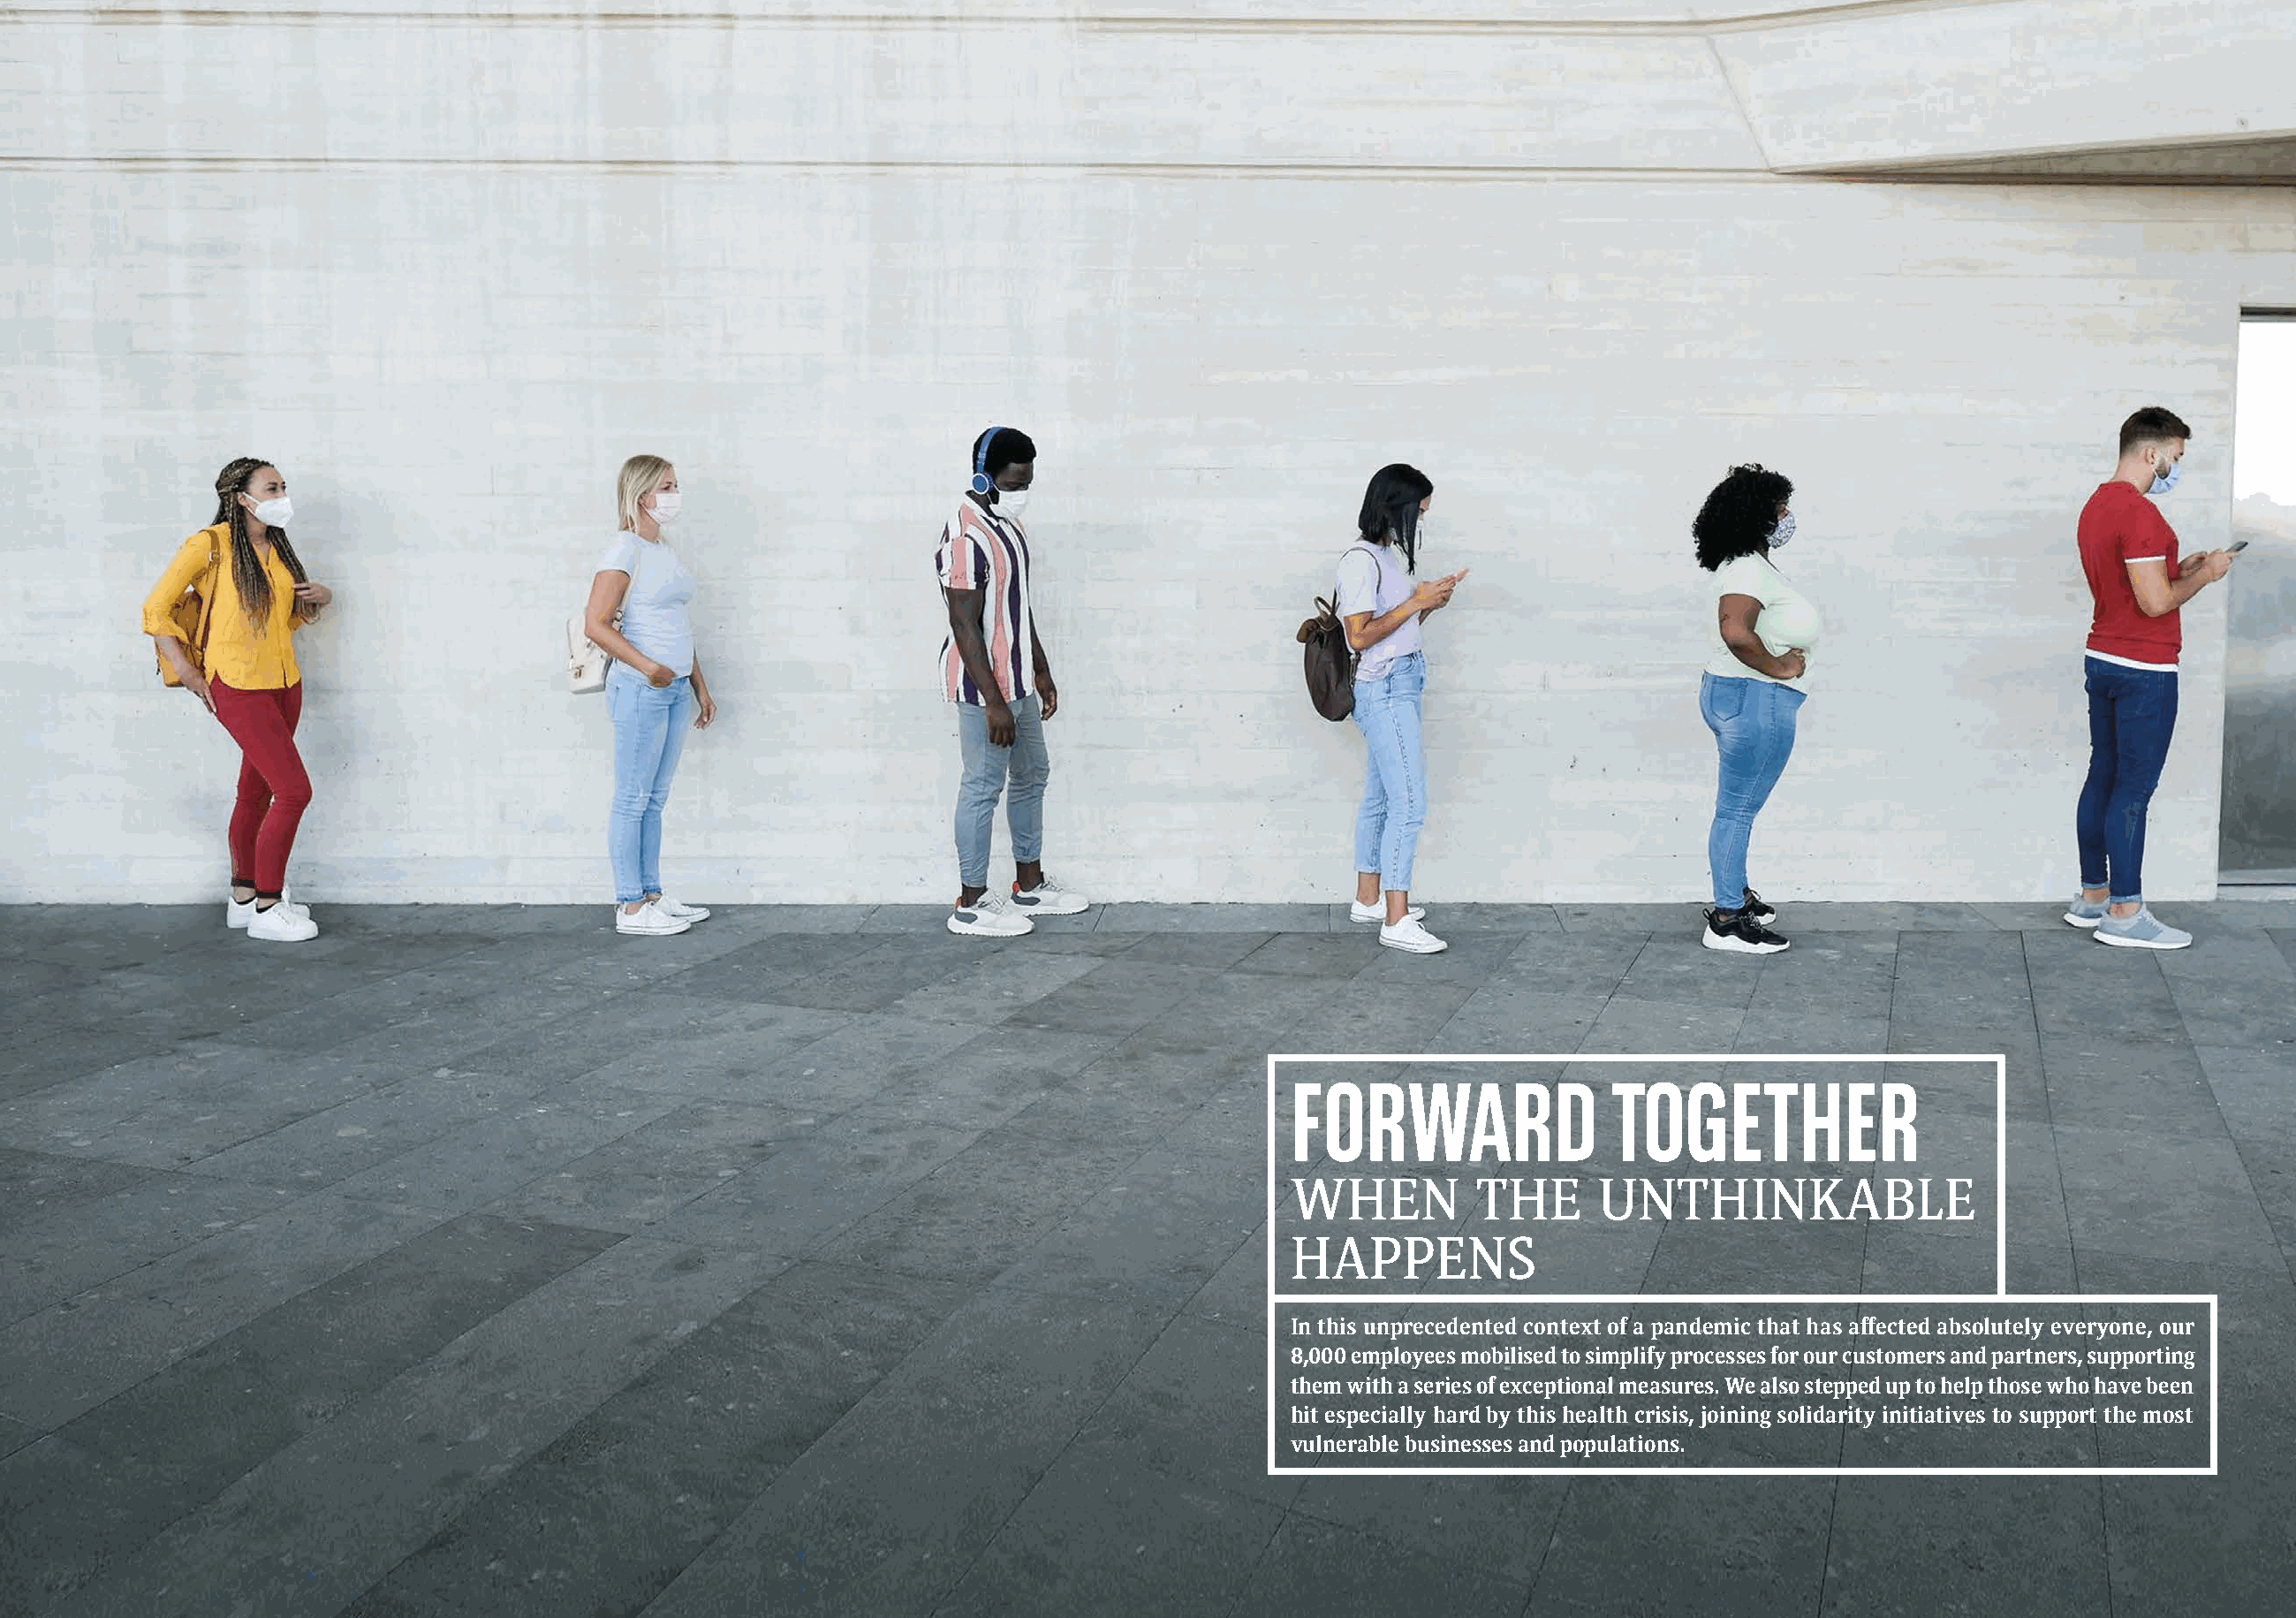
FORWARD                 TOGETHER
 WHEN          THE      UNTHINKABLE
 HAPPENS
 In this unprecedented context of a pandemic that has affected absolutely everyone, our
 8,000 employees mobilised to simplify processes for our customers and partners, supporting
 them with a series of exceptional measures. We also stepped up to help those who have been
 hit especially hard by this health crisis, joining solidarity initiatives to support the most
 vulnerable businesses and populations.